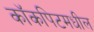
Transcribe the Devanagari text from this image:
कॉकपिटमधील